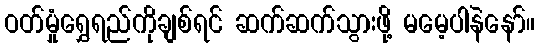
ဝတ်မှုံရွှေရည်ကိုချစ်ရင် ဆက်ဆက်သွားဖို့ မမေ့ပါနဲနော်။